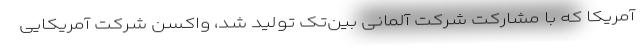
آمریکا که با مشارکت شرکت آلمانی بین‌تک تولید شد، واکسن شرکت آمریکایی